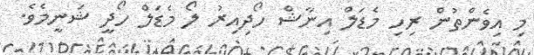
މި އިވެންތުން ރިހި މެޑަލް އިނާޝް ހޯދިއިރު ލޯ މެޑަލް ހޯދީ ޝަނީމެވެ.